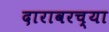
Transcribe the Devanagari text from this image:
दारावरच्या